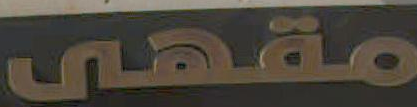
مقهى